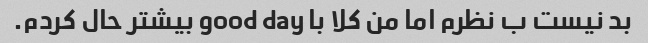
بد نیست ب نظرم اما من کلا با good day بیشتر حال کردم.